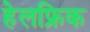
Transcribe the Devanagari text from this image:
हेलफ्रिक